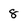
Character: 8